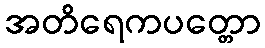
အတိရေကပတ္တော